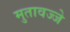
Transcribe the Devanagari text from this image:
मुतावज्जे